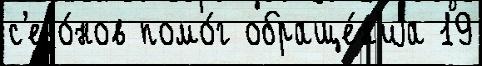
с'езо́нов помо́г обраще́н'иjа 19